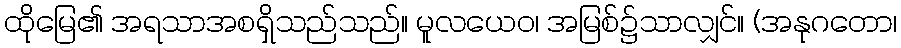
ထိုမြေ၏ အရသာအစရှိသည်သည်။ မူလယေဝ၊ အမြစ်၌သာလျှင်။ (အနုဂတော၊